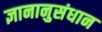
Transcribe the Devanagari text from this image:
ज्ञानानुसंधान